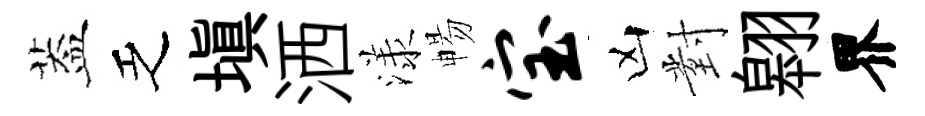
葢乏填洒漾暢宝凶對翱界